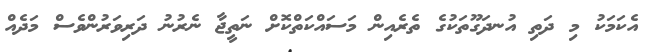
އެކަަމަކު މި ދަތި އުނދަގޫތަކުގެ ތެރެއިން މަސައްކަތްކޮށް ނަތީޖާ ނެރުނު ދަރިވަރުންވެސް މަދެއް